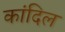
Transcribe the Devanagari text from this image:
कांदिल